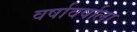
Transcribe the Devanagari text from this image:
वर्षावर्षाला